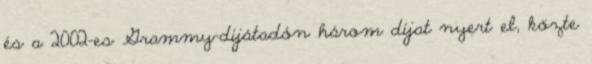
és a 2002-es Grammy-díjátadón három díjat nyert el, közte